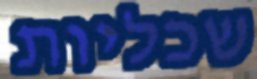
שכליות